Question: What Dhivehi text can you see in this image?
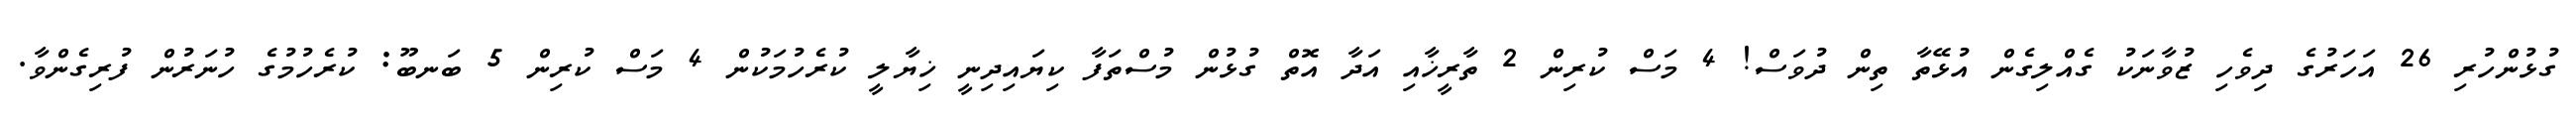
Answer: ގުޅުންހުރި 26 އަހަރުގެ ދިވެހި ޒުވާނަކު ގެއްލިގެން އުޅޭތާ ތިން ދުވަސް! 4 މަސް ކުރިން 2 ތާރީޚާއި އަދާ އޮތް ގުޅުން މުސްތަފާ ކިޔައިދިނީ ޚިޔާލީ ކުރެހުމަކުން 4 މަސް ކުރިން 5 ބަނބޫ: ކުރެހުމުގެ ހުނަރުން ފުރިގެންވާ.